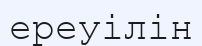
ереуілін